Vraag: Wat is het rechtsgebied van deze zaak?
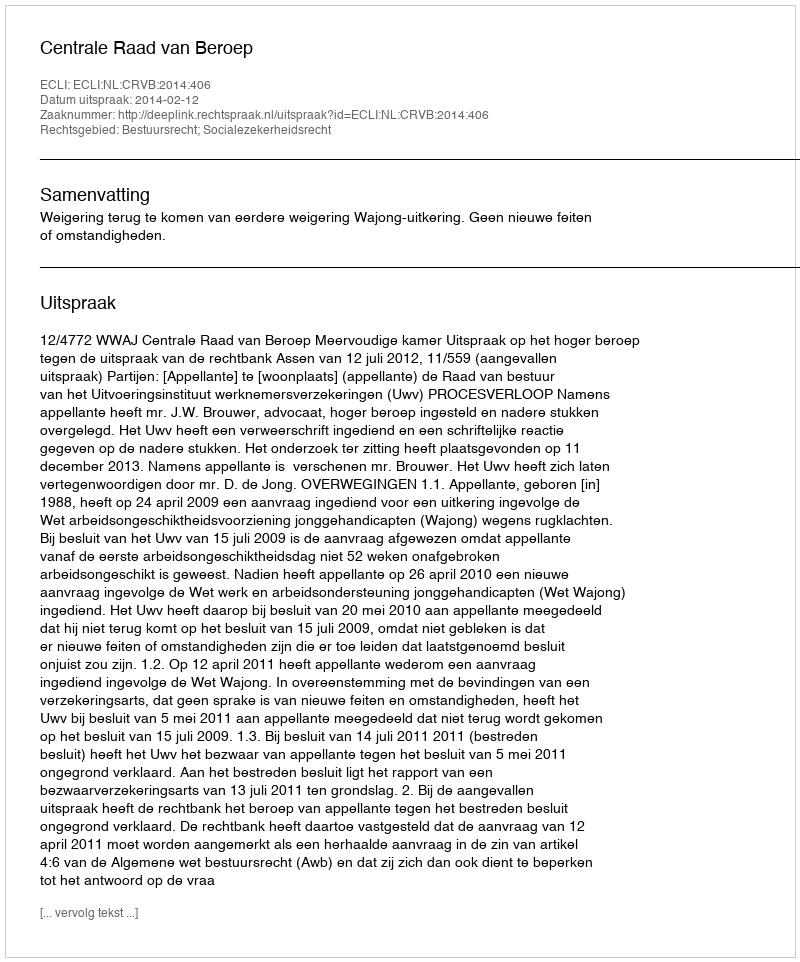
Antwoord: Bestuursrecht; Socialezekerheidsrecht